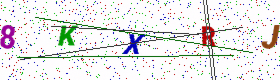
Text: 8KXRJ